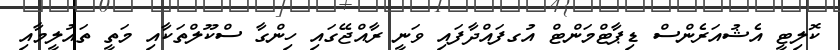
ކޮލިޓީ އެޝުއަރެންސް ޑިޕާޓްމަންޓް އުގފައްދާފައި ވަނީ ރާއްޖޭގައި ހިންގާ ސްކޫލްތަކާއި މަތީ ތައުލީމާއި